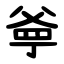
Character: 㸘